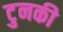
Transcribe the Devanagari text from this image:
टुनकी